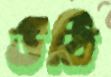
উঠি